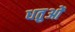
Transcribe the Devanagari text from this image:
धतुओं